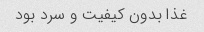
غذا بدون کیفیت و سرد بود